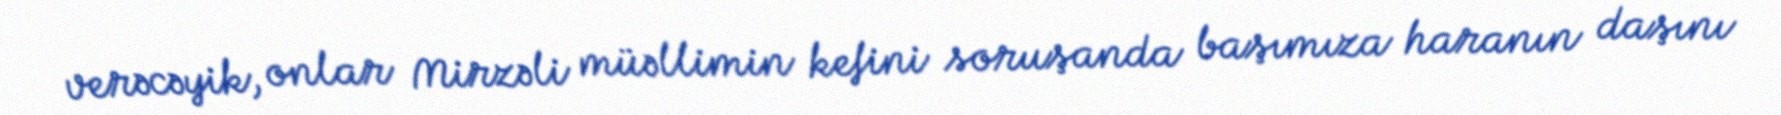
verəcəyik, onlar Mirzəli müəllimin kefini soruşanda başımıza haranın daşını